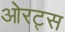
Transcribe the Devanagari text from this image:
ओरट्स